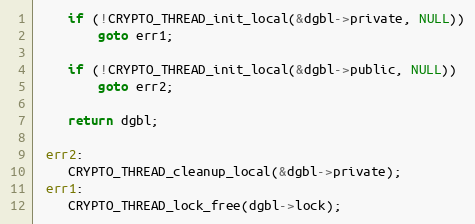
Language: C
    if (!CRYPTO_THREAD_init_local(&dgbl->private, NULL))
        goto err1;

    if (!CRYPTO_THREAD_init_local(&dgbl->public, NULL))
        goto err2;

    return dgbl;

 err2:
    CRYPTO_THREAD_cleanup_local(&dgbl->private);
 err1:
    CRYPTO_THREAD_lock_free(dgbl->lock);